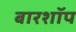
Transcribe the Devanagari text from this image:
बारशॉप